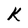
Character: K